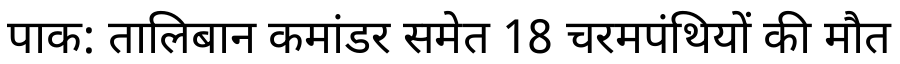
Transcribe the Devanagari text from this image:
पाक: तालिबान कमांडर समेत 18 चरमपंथियों की मौत